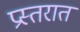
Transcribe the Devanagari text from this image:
प्रस्तरात